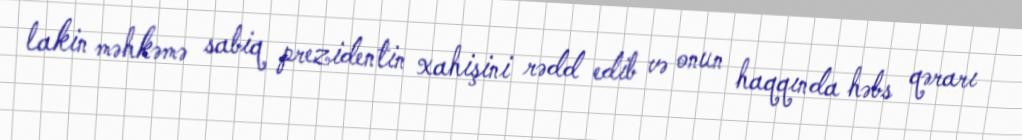
lakin məhkəmə sabiq prezidentin xahişini rədd edib və onun haqqında həbs qərarı